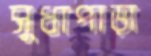
সুধাপাড়া